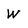
Character: W